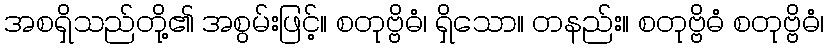
အစရှိသည်တို့၏ အစွမ်းဖြင့်။ စတုဗ္ဗိဓံ၊ ရှိသော။ တနည်း။ စတုဗ္ဗိဓံ စတုဗ္ဗိဓံ၊